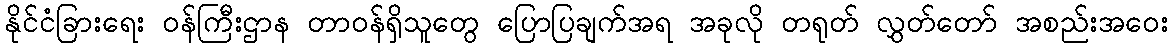
နိုင်ငံခြားရေး ဝန်ကြီးဌာန တာဝန်ရှိသူတွေ ပြောပြချက်အရ အခုလို တရုတ် လွှတ်တော် အစည်းအဝေး